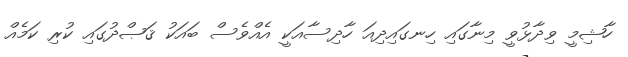
ހާޝިމީ ވިދާޅުވީ މިނާގައި ހިނގައިދިއަ ހާދިސާއަކީ އެއްވެސް ބައަކު ޤަޞްދުގައި ކުރި ކަމެއް